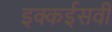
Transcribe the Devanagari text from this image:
इक्कईसवीं